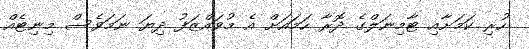
ހުރި ކަމަށާއި ޓާމިނަލްގެ ދޮރާ ހަމައަށް އެ މުވައްޒަފު ދިޔަ ނަމަވެސް މިނިޓެއް